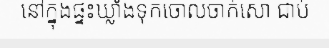
នៅក្នុងផ្ទះឃ្លាំងទុកចោលចាក់សោ ជាប់